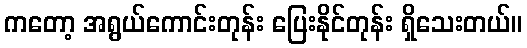
ကတော့ အရွယ်ကောင်းတုန်း ပြေးနိုင်တုန်း ရှိသေးတယ်။